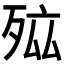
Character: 𭮐